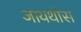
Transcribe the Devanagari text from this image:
जायथॉस